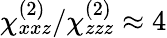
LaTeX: \chi_{xxz}^{(2)}/\chi_{zzz}^{(2)}\approx 4